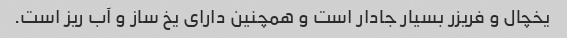
یخچال و فریزر بسیار جادار است و همچنین دارای یخ ساز و آب ریز است.